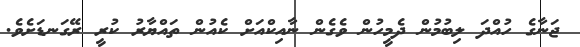
ޖަނާގެ ހުއްދަ ލިބުމުން ދެމީހުން ވެގެން ނާއިކްއަށް ކެއުން ތައްޔާރު ކުރީ ރޭގަނޑަށެވެ.